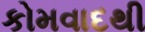
કોમવાદથી